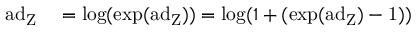
\begin{array} { r l } { \mathrm { a d _ { Z } } } & { { } = \mathrm { l o g } ( \mathrm { e x p ( \mathrm { a d } _ { Z } ) } ) = \mathrm { l o g } ( 1 + ( \mathrm { e x p ( \mathrm { a d } _ { Z } ) - 1 ) } ) } \end{array}